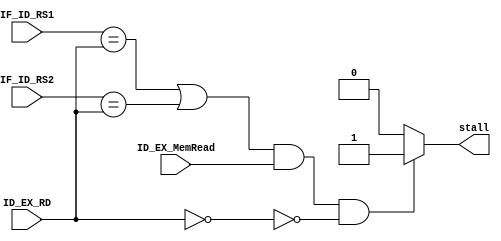
`timescale 1ns / 1ps
//////////////////////////////////////////////////////////////////////////////////
// Company: 
// Engineer: 
// 
// Design Name: 
// Module Name: hazard_detection_unit
// Project Name: 
// Target Devices: 
// Tool Versions: 
// Description: 
// 
// Dependencies: 
// 
// Revision:
// Revision 0.01 - File Created
// Additional Comments:
// 
//////////////////////////////////////////////////////////////////////////////////


module hazard_detection_unit(
    input [4:0]IF_ID_RS1,
    input [4:0]IF_ID_RS2,
    input [4:0]ID_EX_RD,
    input ID_EX_MemRead,
    output reg stall
    );
    
    always@(*) begin
    if ( ((IF_ID_RS1==ID_EX_RD) | (IF_ID_RS2==ID_EX_RD) )
        & ID_EX_MemRead & ~(ID_EX_RD==0) ) begin
    stall = 1; 
    end else begin 
    stall = 0;
    end
    end
endmodule